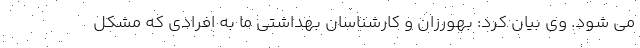
می شود. وی بیان کرد: بهورزان و کارشناسان بهداشتی ما به افرادی که مشکل